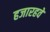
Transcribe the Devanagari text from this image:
हजारहवें